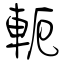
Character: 軛